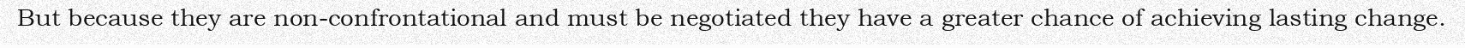
But because they are non-confrontational and must be negotiated they have a greater chance of achieving lasting change.